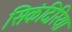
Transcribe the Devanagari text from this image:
सिकंदिरिया